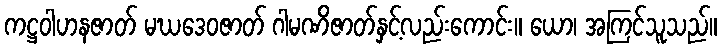
ကဋ္ဌဝါဟနဇာတ် မဃဒေဝဇာတ် ဂါမဏိဇာတ်နှင့်လည်းကောင်း။ ယော၊ အကြင်သူသည်။